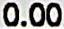
0.00